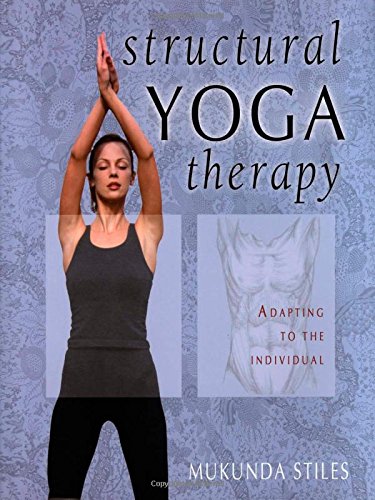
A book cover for Structural Yoga Therapy: Adapting to the Individual; Mukunda Stiles; Health, Fitness & Dieting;